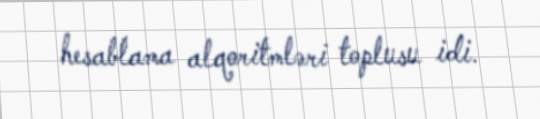
hesablama alqoritmləri toplusu idi.